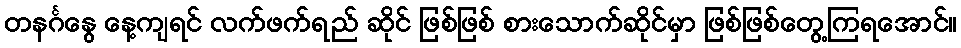
တနင်္ဂနွေ နေ့ကျရင် လက်ဖက်ရည် ဆိုင် ဖြစ်ဖြစ် စားသောက်ဆိုင်မှာ ဖြစ်ဖြစ်တွေ့ကြရအောင်။